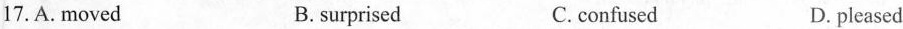
17.A. moved B. surprised C.confused D. pleased